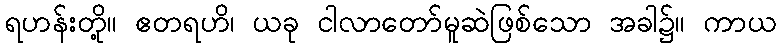
ရဟန်းတို့။ ဧတရဟိ၊ ယခု ငါလာတော်မူဆဲဖြစ်သော အခါ၌။ ကာယ